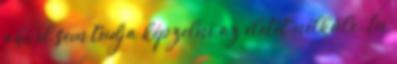
aki el sem tudja képzelni az életét nélküle. Én